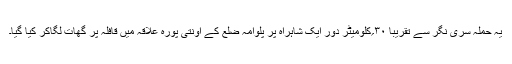
یہ حملہ سری نگر سے تقریباً ۳۰؍کلومیٹر دور ایک شاہراہ پر پلوامہ ضلع کے اونتی پورہ علاقہ میں قافلہ پر گھات لگاکر کیا گیا۔